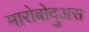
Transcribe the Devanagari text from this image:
मारोबोदुअस